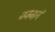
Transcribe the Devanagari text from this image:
जननागं